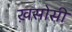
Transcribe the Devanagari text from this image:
ख़सोसी